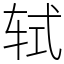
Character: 轼